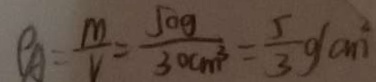
p A = \frac { m } { V } = \frac { 5 0 g } { 3 0 c m ^ { 3 } } = \frac { 5 } { 3 } g ( a ^ { 2 } )